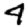
Digit: 4